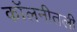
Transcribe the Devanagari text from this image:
कॉलनीतली